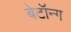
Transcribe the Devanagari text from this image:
बेटॉन्ग